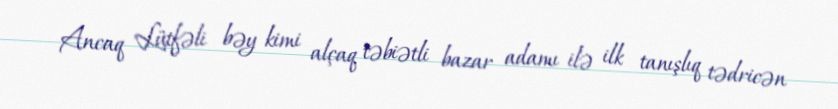
Ancaq Lütfəli bəy kimi alçaq təbiətli bazar adamı ilə ilk tanışlıq tədricən